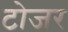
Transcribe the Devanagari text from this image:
टोजर